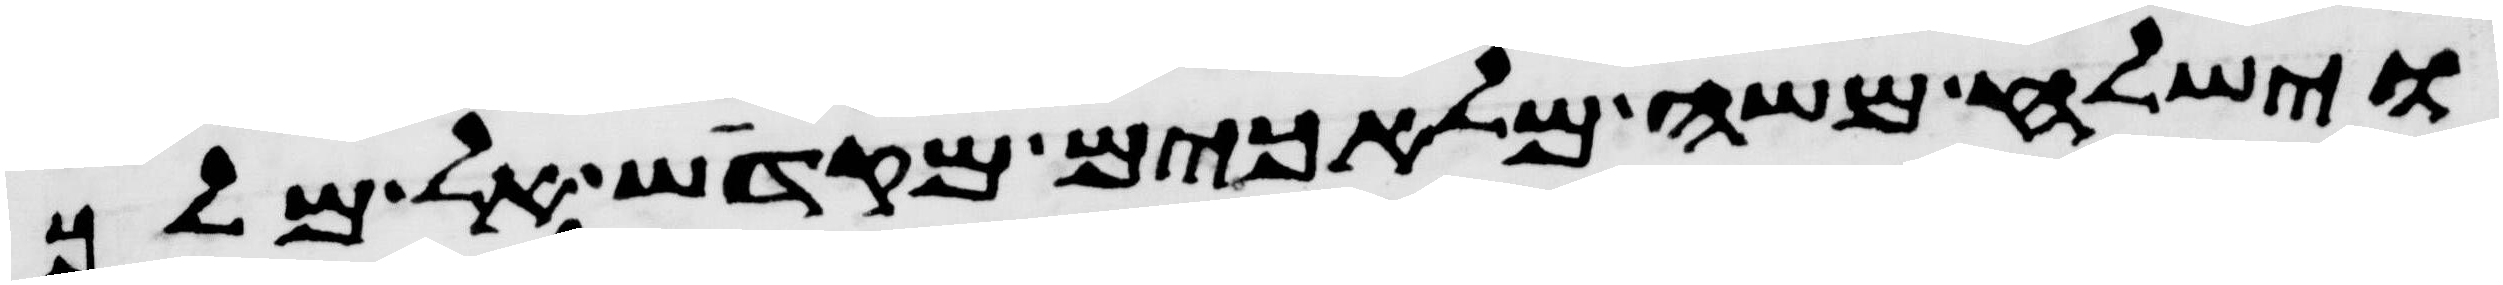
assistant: וישלח משה מלאכים מקדש אל מלך